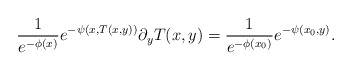
\begin{align*} \frac{1}{e^{-\phi(x)}} e^{-\psi(x,T(x,y))} \partial_y T(x,y) = \frac{1}{e^{-\phi(x_0)}} e^{-\psi(x_0,y)}.\end{align*}